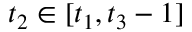
t _ { 2 } \in [ t _ { 1 } , t _ { 3 } - 1 ]